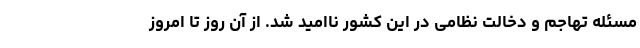
مسئله تهاجم و دخالت نظامی در این کشور ناامید شد. از آن روز تا امروز